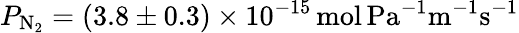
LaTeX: P_{\mathrm{N_{2}}}=(3.8\pm 0.3)\times 10^{-15}\, \mathrm{mol\, Pa^{-1}m^{-1}s^{-1}}